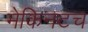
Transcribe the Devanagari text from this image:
मेकिनटच